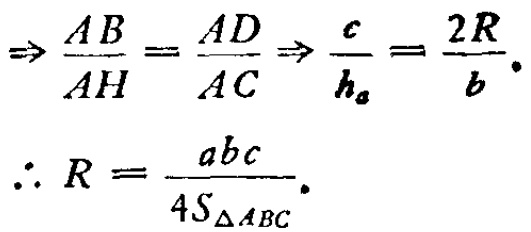
\[\Rightarrow \frac{AB}{AH}=\frac{AD}{AC}\Rightarrow \frac{c}{h_{a}}=\frac{2R}{b}.\]

\[\therefore R = \frac{abc}{4S_{\triangle ABC}}.\]